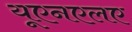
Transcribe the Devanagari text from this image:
यूएनएलए